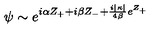
\psi \sim e ^ { i \alpha Z _ { + } + i \beta Z _ { - } + \frac { i | \kappa | } { 4 \beta } e ^ { Z _ { + } } }